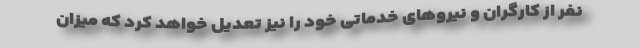
نفر از کارگران و نیروهای خدماتی خود را نیز تعدیل خواهد کرد که میزان